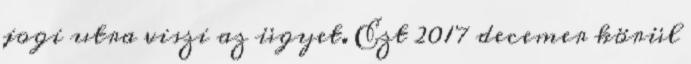
jogi utra viszi az ügyet. Ezt 2017 decemer körül